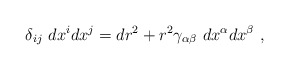
\begin{align*}\delta_{ij}~dx^i dx^j=dr^2+r^2\gamma_{\alpha\beta}~dx^\alpha dx^\beta~,\end{align*}